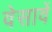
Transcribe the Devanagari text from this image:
वेसावें